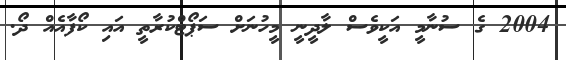
2004 ގެ ސުނާމީ އަކީވެސް ލާދީނީ މީހުނަށް ސަޕޯޓްކުރާތީ އައި ކޯފާއެއް ދޯ.